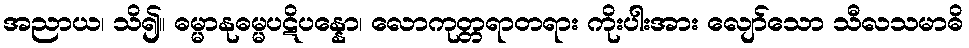
အညာယ၊ သိ၍။ ဓမ္မာနုဓမ္မပဋိပန္နော၊ လောကုတ္တရာတရား ကိုးပါးအား လျော်သော သီလသမာဓိ